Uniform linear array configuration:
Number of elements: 8
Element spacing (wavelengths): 0.75
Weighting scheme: kaiser
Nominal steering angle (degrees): -15
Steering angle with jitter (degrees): -14.082
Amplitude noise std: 0.05
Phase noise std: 0.05

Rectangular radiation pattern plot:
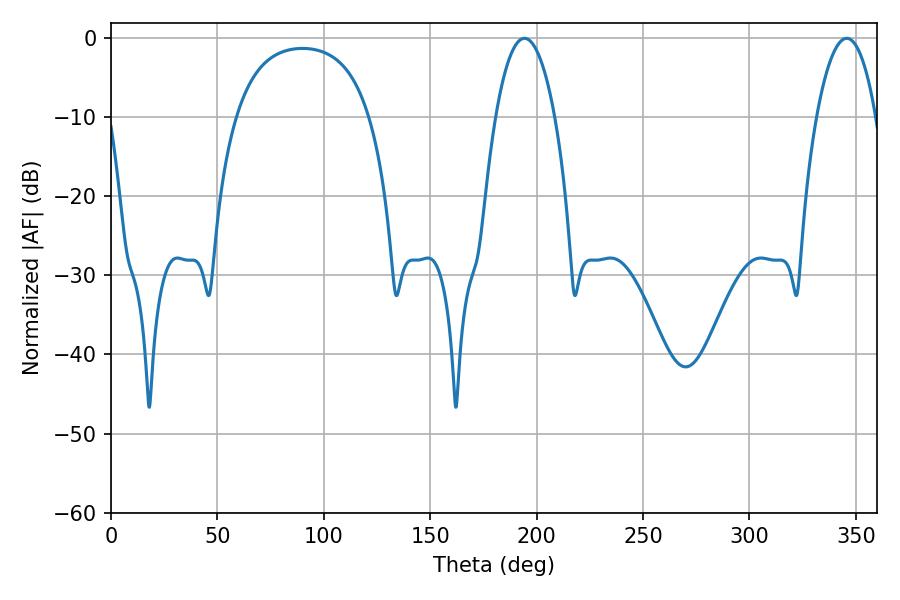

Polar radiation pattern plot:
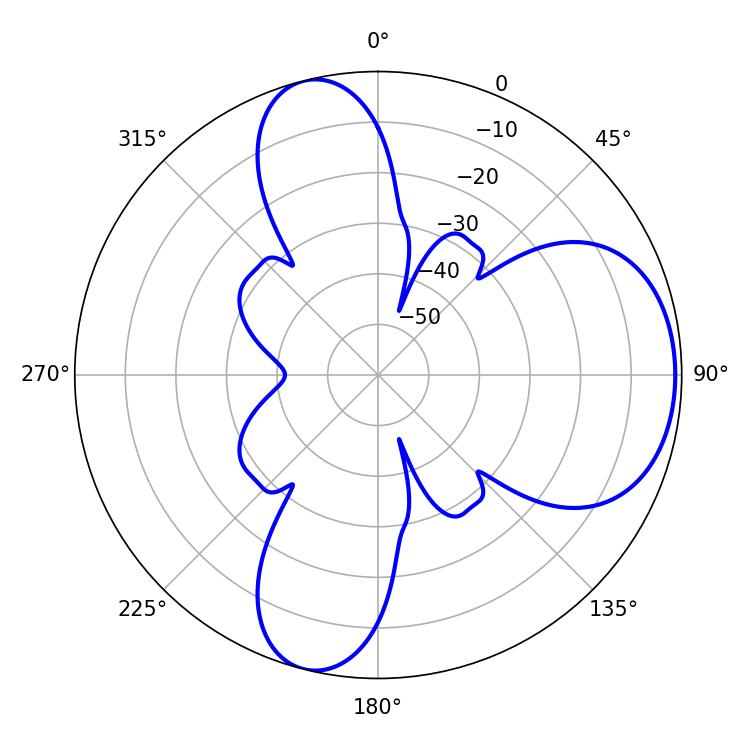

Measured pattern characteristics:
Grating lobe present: TRUE
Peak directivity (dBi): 7.083
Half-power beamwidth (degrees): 15.48
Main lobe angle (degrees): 194.22